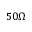
5 0 \Omega